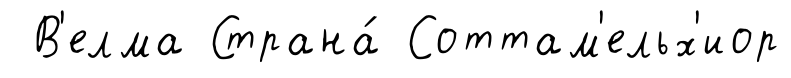
В'елма Страна́ Соттам'ельх'иор